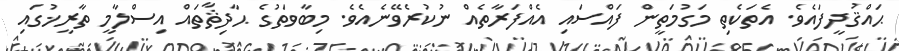
ޙައްޤުދީފައެވެ. އެތަކެތި މަގުމަތީން ފައްސައި އެއްފަރާތެއް ނުކުރެވޭނެއެވެ. މިބާވަތުގެ ޙާދިޘާތައް އިސްލާމީ ތާރީޚުގައި